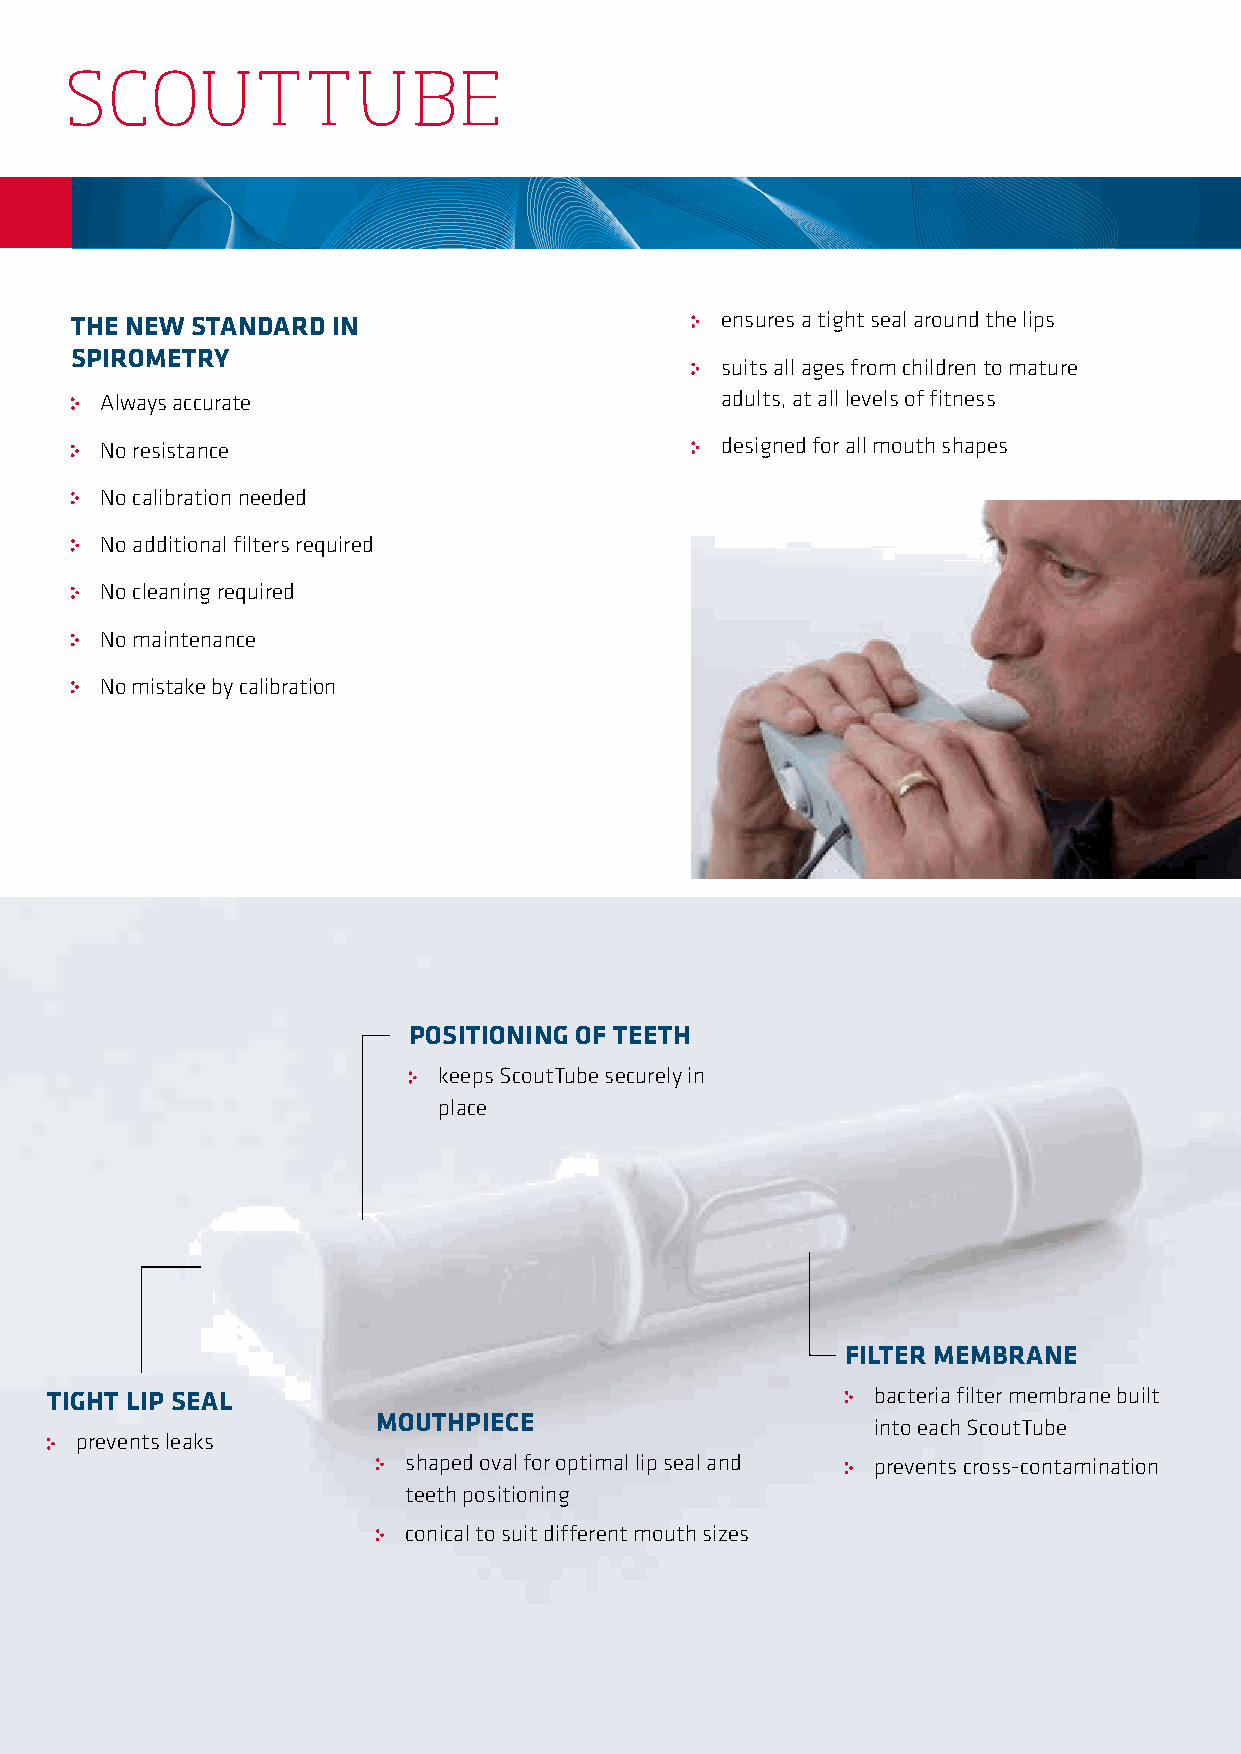
SCOUTTUBE
 THE NEW STANDARD IN                        ensures a tight seal around the lips
 SPIROMETRY
 suits all ages from children to mature
 Always accurate                          adults, at all levels of fitness
 No resistance                            designed for all mouth shapes
 No calibration needed
 No additional filters required
 No cleaning required
 No maintenance
 No mistake by calibration
 POSITIONING OF TEETH
 keeps ScoutTube securely in
 place
 FILTER MEMBRANE
 TIGHT LIP SEAL                                         bacteria filter membrane built
 MOUTHPIECE                       into each ScoutTube
 prevents leaks
 shaped oval for optimal lip seal and prevents cross-contamination
 teeth positioning
 conical to suit different mouth sizes